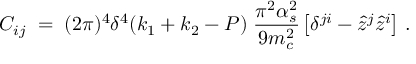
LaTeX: C _ { i j } \; = \; ( 2 \pi ) ^ { 4 } \delta ^ { 4 } ( k _ { 1 } + k _ { 2 } - P ) \; { \frac { \pi ^ { 2 } \alpha _ { s } ^ { 2 } } { 9 m _ { c } ^ { 2 } } } \left[ \delta ^ { j i } - { \hat { z } } ^ { j } { \hat { z } } ^ { i } \right] \, .